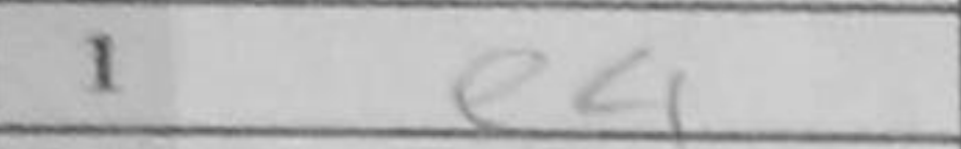
Transcription: e4